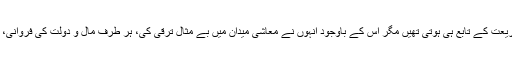
یہ حقیقت ہے کہ اکثر و بیشتر صحابہ کرامؓ تجارت پیشہ تھے اور ان کی تمام کاروباری سرگرمیاں شریعت کے تابع ہی ہوتی تھیں مگر اس کے باوجود اُنہوں نے معاشی میدان میں بے مثال ترقی کی، ہر طرف مال و دولت کی فروانی، آسودگی اور خوش حالی عام تھی اور وسیع اسلامی مملکت میں کوئی زکوٰة قبول کرنے والا نہ ملتا تھا۔